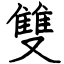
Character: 雙